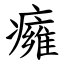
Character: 癕